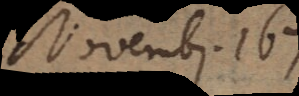
Novembr. 1678